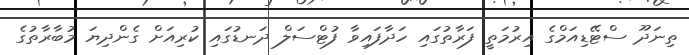
ތިނަދޫ ސްޓޭޑިއަމްގެ އިރުމަތީ ފަރާތުގައި ހަދާފައިވާ ފުޓްސަލް ދަނޑުގައި ކުރިއަށް ގެންދިޔަ މުބާރާތުގެ